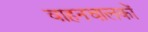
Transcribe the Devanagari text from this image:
वाहनचालकों